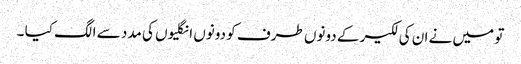
تو میں نے ان کی لکیر کے دونوں طرف کو دونوں انگلیوں کی مدد سے الگ کیا ۔